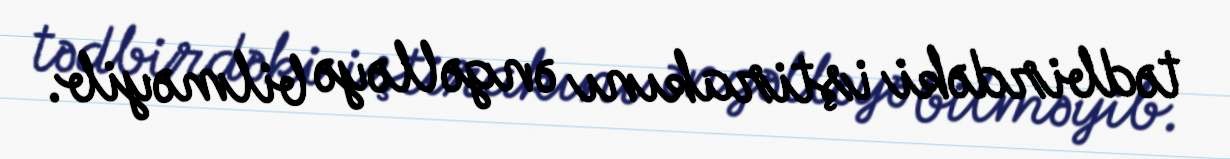
tədbirdəki iştirakını əngəlləyə bilməyib.